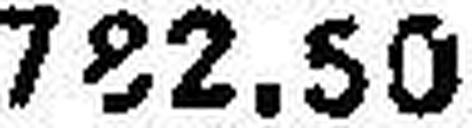
782.50